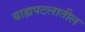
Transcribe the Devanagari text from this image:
बाह्यपटलातील